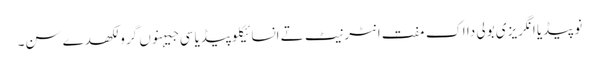
نوپیڈیا انگریزی بولی دا اک مفت انٹرنیٹ تے انسائیکلوپیڈیا سی جیہنوں گرو لکھدے سن۔